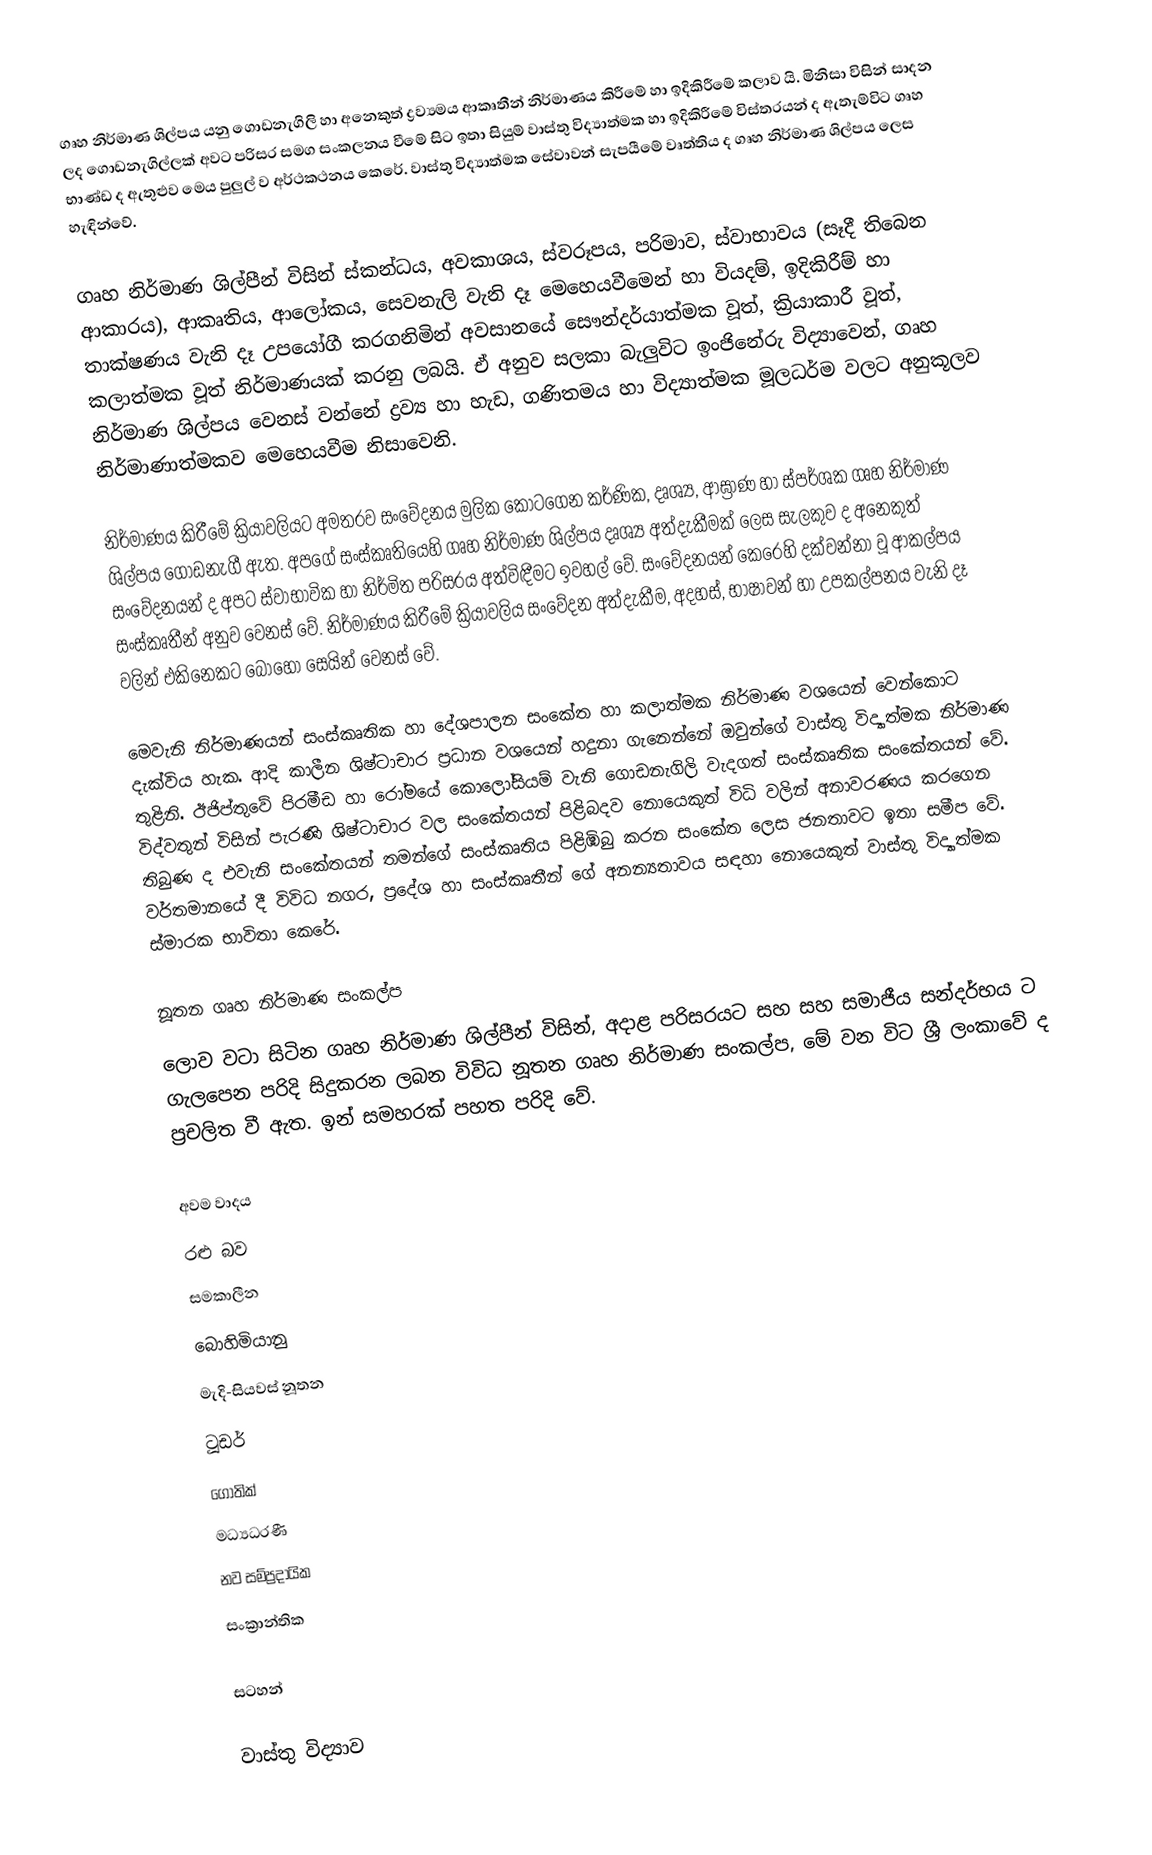
ගෘහ නිර්මාණ ශිල්පය යනු ගොඩනැගිලි හා අනෙකුත් ද්‍රව්‍යමය ආකෘතීන්  නිර්මාණය කිරීමේ හා ඉදිකිරීමේ කලාව යි. මිනිසා විසින්  සාදන ලද ගොඩනැගිල්ලක් අවට පරිසර සමග සංකලනය වීමේ සිට ඉතා සියුම් වාස්තු විද්‍යාත්මක  හා ඉදිකිරීමේ  විස්තරයන් ද ඇතැම්විට ගෘහ භාණ්ඩ ද ඇතුළුව මෙය පුලුල් ව අර්ථකථනය කෙරේ. වාස්තු විද්‍යාත්මක සේවාවන් සැපයීමේ වෘත්තිය ද ගෘහ නිර්මාණ ශිල්පය ලෙස හැඳින්වේ.

ගෘහ නිර්මාණ ශිල්පීන් විසින් ස්කන්ධය, අවකාශය, ස්වරූපය, පරිමාව, ස්වාභාවය (සෑදී තිබෙන ආකාරය), ආකෘතිය, ආලෝකය, සෙවනැලි වැනි දෑ මෙහෙයවීමෙන් හා වියදම්, ඉදිකිරීම් හා තාක්ෂණය වැනි දෑ උපයෝගී කරගනිමින් අවසානයේ  සෞන්දර්යාත්මක වූත්, ක්‍රියාකාරී වූත්, කලාත්මක වූත්  නිර්මාණයක් කරනු ලබයි. ඒ අනුව සලකා බැලුවිට ඉංජිනේරු විද්‍යාවෙන්, ගෘහ නිර්මාණ ශිල්පය වෙනස් වන්නේ ද්‍රව්‍ය හා හැඩ, ගණිතමය හා විද්‍යාත්මක මූලධර්ම වලට අනුකූලව නිර්මාණාත්මකව මෙහෙයවීම නිසාවෙනි.

නිර්මාණය කිරීමේ ක්‍රියාවලියට අමතරව සංවේදනය මුලික කොටගෙන  කර්ණික, දෘශ්‍ය, ආඝ්‍රාණ හා ස්පර්ශක ගෘහ නිර්මාණ ශිල්පය ගොඩනැගී ඇත. අපගේ සංස්කෘතියෙහි ගෘහ නිර්මාණ ශිල්පය දෘශ්‍ය අත්දැකීමක් ලෙස සැලකුව ද අනෙකුත් සංවේදනයන් ද අපට ස්වාභාවික හා නිර්මිත පරිසරය අත්විඳීමට  ඉවහල් වේ. සංවේදනයන් කෙරෙහි දක්වන්නා වූ ආකල්පය සංස්කෘතීන් අනුව වෙනස් වේ. නිර්මාණය කිරීමේ ක්‍රියාවලිය සංවේදන අත්දැකීම, අදහස්, භාෂාවන් හා උපකල්පනය වැනි දෑ වලින් එකිනෙකට බොහෝ සෙයින් වෙනස් වේ.

මෙවැනි නිර්මාණයන් සංස්කෘතික හා දේශපාලන සංකේත හා කලාත්මක නිර්මාණ වශයෙන් වෙන්කොට දැක්විය හැක. ආදි කාලීන ශිෂ්ටාචාර ප්‍රධාන වශයෙන් හදුනා ගැනෙන්නේ ඔවුන්ගේ වාස්තු විද්‍යාත්මක නිර්මාණ තුළිනි. ඊජිප්තුවේ පිරමීඩ හා රෝමයේ කොලෝසියම් වැනි ගොඩනැගිලි වැදගත් සංස්කෘතික සංකේතයන් වේ. විද්වතුන් විසින් පැරණි ශිෂ්ටාචාර වල සංකේතයන් පිළිබදව නොයෙකුත්  විධි වලින් අනාවරණය කරගෙන තිබුණ ද එවැනි සංකේතයන් තමන්ගේ සංස්කෘතිය පිළිඹිබු කරන සංකේත ලෙස ජනතාවට ඉතා සමීප වේ. වර්තමානයේ දී විවිධ නගර, ප්‍රදේශ හා සංස්කෘතීන් ගේ අනන්‍යතාවය සඳහා  නොයෙකුත් වාස්තු විද්‍යාත්මක ස්මාරක භාවිතා කෙරේ.

නූතන ගෘහ නිර්මාණ සංකල්ප
ලොව වටා සිටින ගෘහ නිර්මාණ ශිල්පීන් විසින්, අදාළ පරිසරයට සහ සහ සමාජීය සන්දර්භය ට ගැලපෙන පරිදි සිදුකරන ලබන විවිධ නූතන ගෘහ නිර්මාණ සංකල්ප, මේ වන විට ශ්‍රී ලංකාවේ ද ප්‍රචලිත වී ඇත. ඉන් සමහරක් පහත පරිදි වේ.

 අවම වාදය
 රළු බව
 සමකාලීන
 බොහිමියානු
 මැදි-සියවස් නූතන
 ටූඩර්
 ගොතික්
 මධ්‍යධරණී
 නව සම්ප්‍රදායික
 සංක්‍රාන්තික

සටහන්

වාස්තු විද්‍යාව